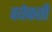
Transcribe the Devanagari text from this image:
वयेकती